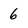
Character: 6